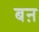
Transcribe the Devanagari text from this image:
बऩ